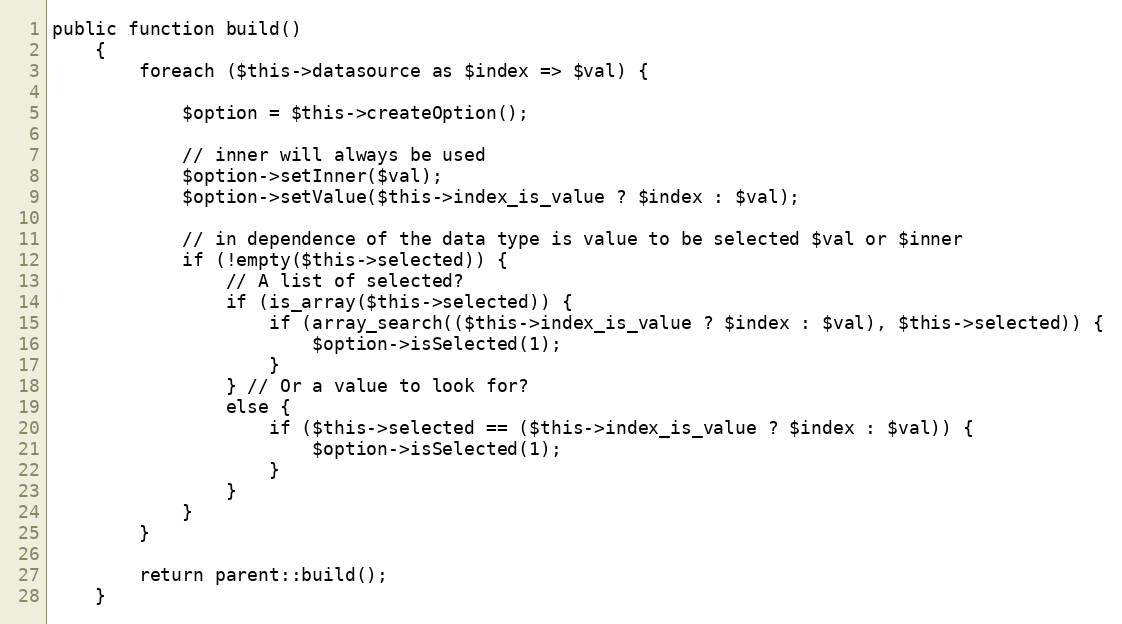
Language: PHP
public function build()
    {
        foreach ($this->datasource as $index => $val) {

            $option = $this->createOption();

            // inner will always be used
            $option->setInner($val);
            $option->setValue($this->index_is_value ? $index : $val);

            // in dependence of the data type is value to be selected $val or $inner
            if (!empty($this->selected)) {
                // A list of selected?
                if (is_array($this->selected)) {
                    if (array_search(($this->index_is_value ? $index : $val), $this->selected)) {
                        $option->isSelected(1);
                    }
                } // Or a value to look for?
                else {
                    if ($this->selected == ($this->index_is_value ? $index : $val)) {
                        $option->isSelected(1);
                    }
                }
            }
        }

        return parent::build();
    }